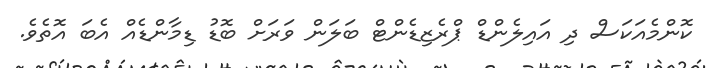
ކޮންމެއަކަސް ދި އައިލެންޑް ޕްރެޒިޑެންޓް ބަލަން ވަރަށް ބޮޑު ޑިމާންޑެއް އެބަ އޮތެވެ.